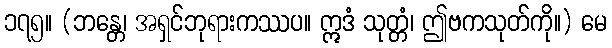
၁၇၅။ (ဘန္တေ၊ အရှင်ဘုရားကဿပ။ ဣဒံ သုတ္တံ၊ ဤဗကသုတ်ကို။) မေ